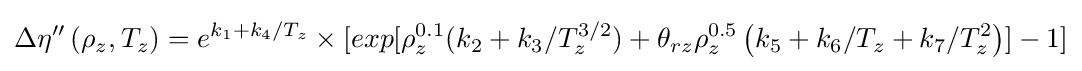
\Delta \eta ''\left(\rho _{z},T_{z}\right)=e^{k_{1}+k_{4}/T_{z}}\times \lbrack exp{\lbrack \rho _{z}^{0.1}(k_{2}+k_{3}/T_{z}^{3/2})+\theta _{rz}\rho _{z}^{0.5}\left(k_{5}+k_{6}/T_{z}+k_{7}/T_{z}^{2}\right)\rbrack }-1\rbrack